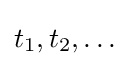
t_{1},t_{2},\dots